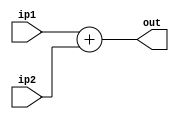
module adder (ip1, ip2, out);

    input [31:0] ip1, ip2;
    output [31:0] out;

    reg [31:0] add;

    always @(ip1 or ip2) begin
        add <= ip1 + ip2;
    end
    assign out = add;

endmodule